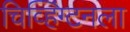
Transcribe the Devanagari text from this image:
चिव्हिंग्टनला